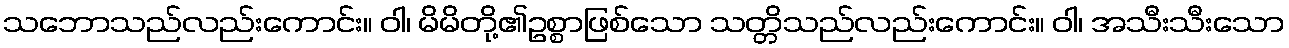
သဘောသည်လည်းကောင်း။ ဝါ၊ မိမိတို့၏ဥစ္စာဖြစ်သော သတ္တိသည်လည်းကောင်း။ ဝါ၊ အသီးသီးသော